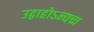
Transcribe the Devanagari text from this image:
उद्वाहोऽन्यच्च